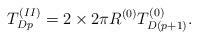
LaTeX: \begin{align*}T^{(II)}_{Dp}=2\times 2\pi R^{(0)}T^{(0)}_{D(p+1)}.\end{align*}